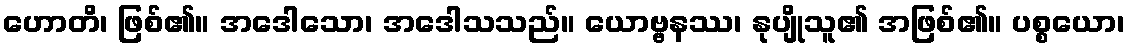
ဟောတိ၊ ဖြစ်၏။ အဒေါသော၊ အဒေါသသည်။ ယောဗ္ဗနဿ၊ နုပျိုသူ၏ အဖြစ်၏။ ပစ္စယော၊